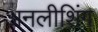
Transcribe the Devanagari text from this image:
अनलीशिंग